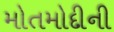
મોતમોદીની